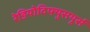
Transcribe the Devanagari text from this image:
रेडियोदिफ्युसयूर्स